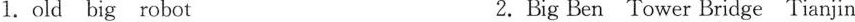
1.old big robot 2. Big Ben Tower Bridge Tianjin